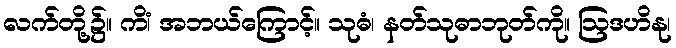
လက်တို့၌။ ကိံ၊ အဘယ်ကြောင့်။ သုဓံ၊ နတ်သုဓာဘုတ်ကို။ ဩဒဟိနု၊